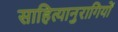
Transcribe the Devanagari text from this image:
साहित्यानुरागियों